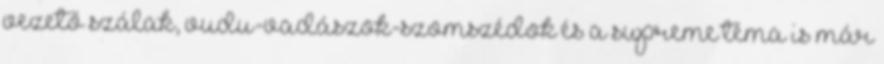
vezető szálak, vudu-vadászok-szomszédok és a supreme téma is már